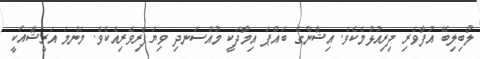
ލޯބިލިބޭ އުފާވެރި ދިރިއުޅުމެކެވެ. އިޝާންގެ ބައްޕަ އިމާދަކީ މުއްސަނދި ވިޔަފާރިވެރިއެކެވެ. މަންމަ އަރީޝާއަކީ